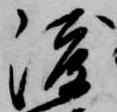
渡